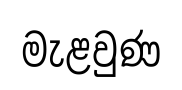
මැළවුණ